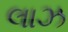
લાઝ